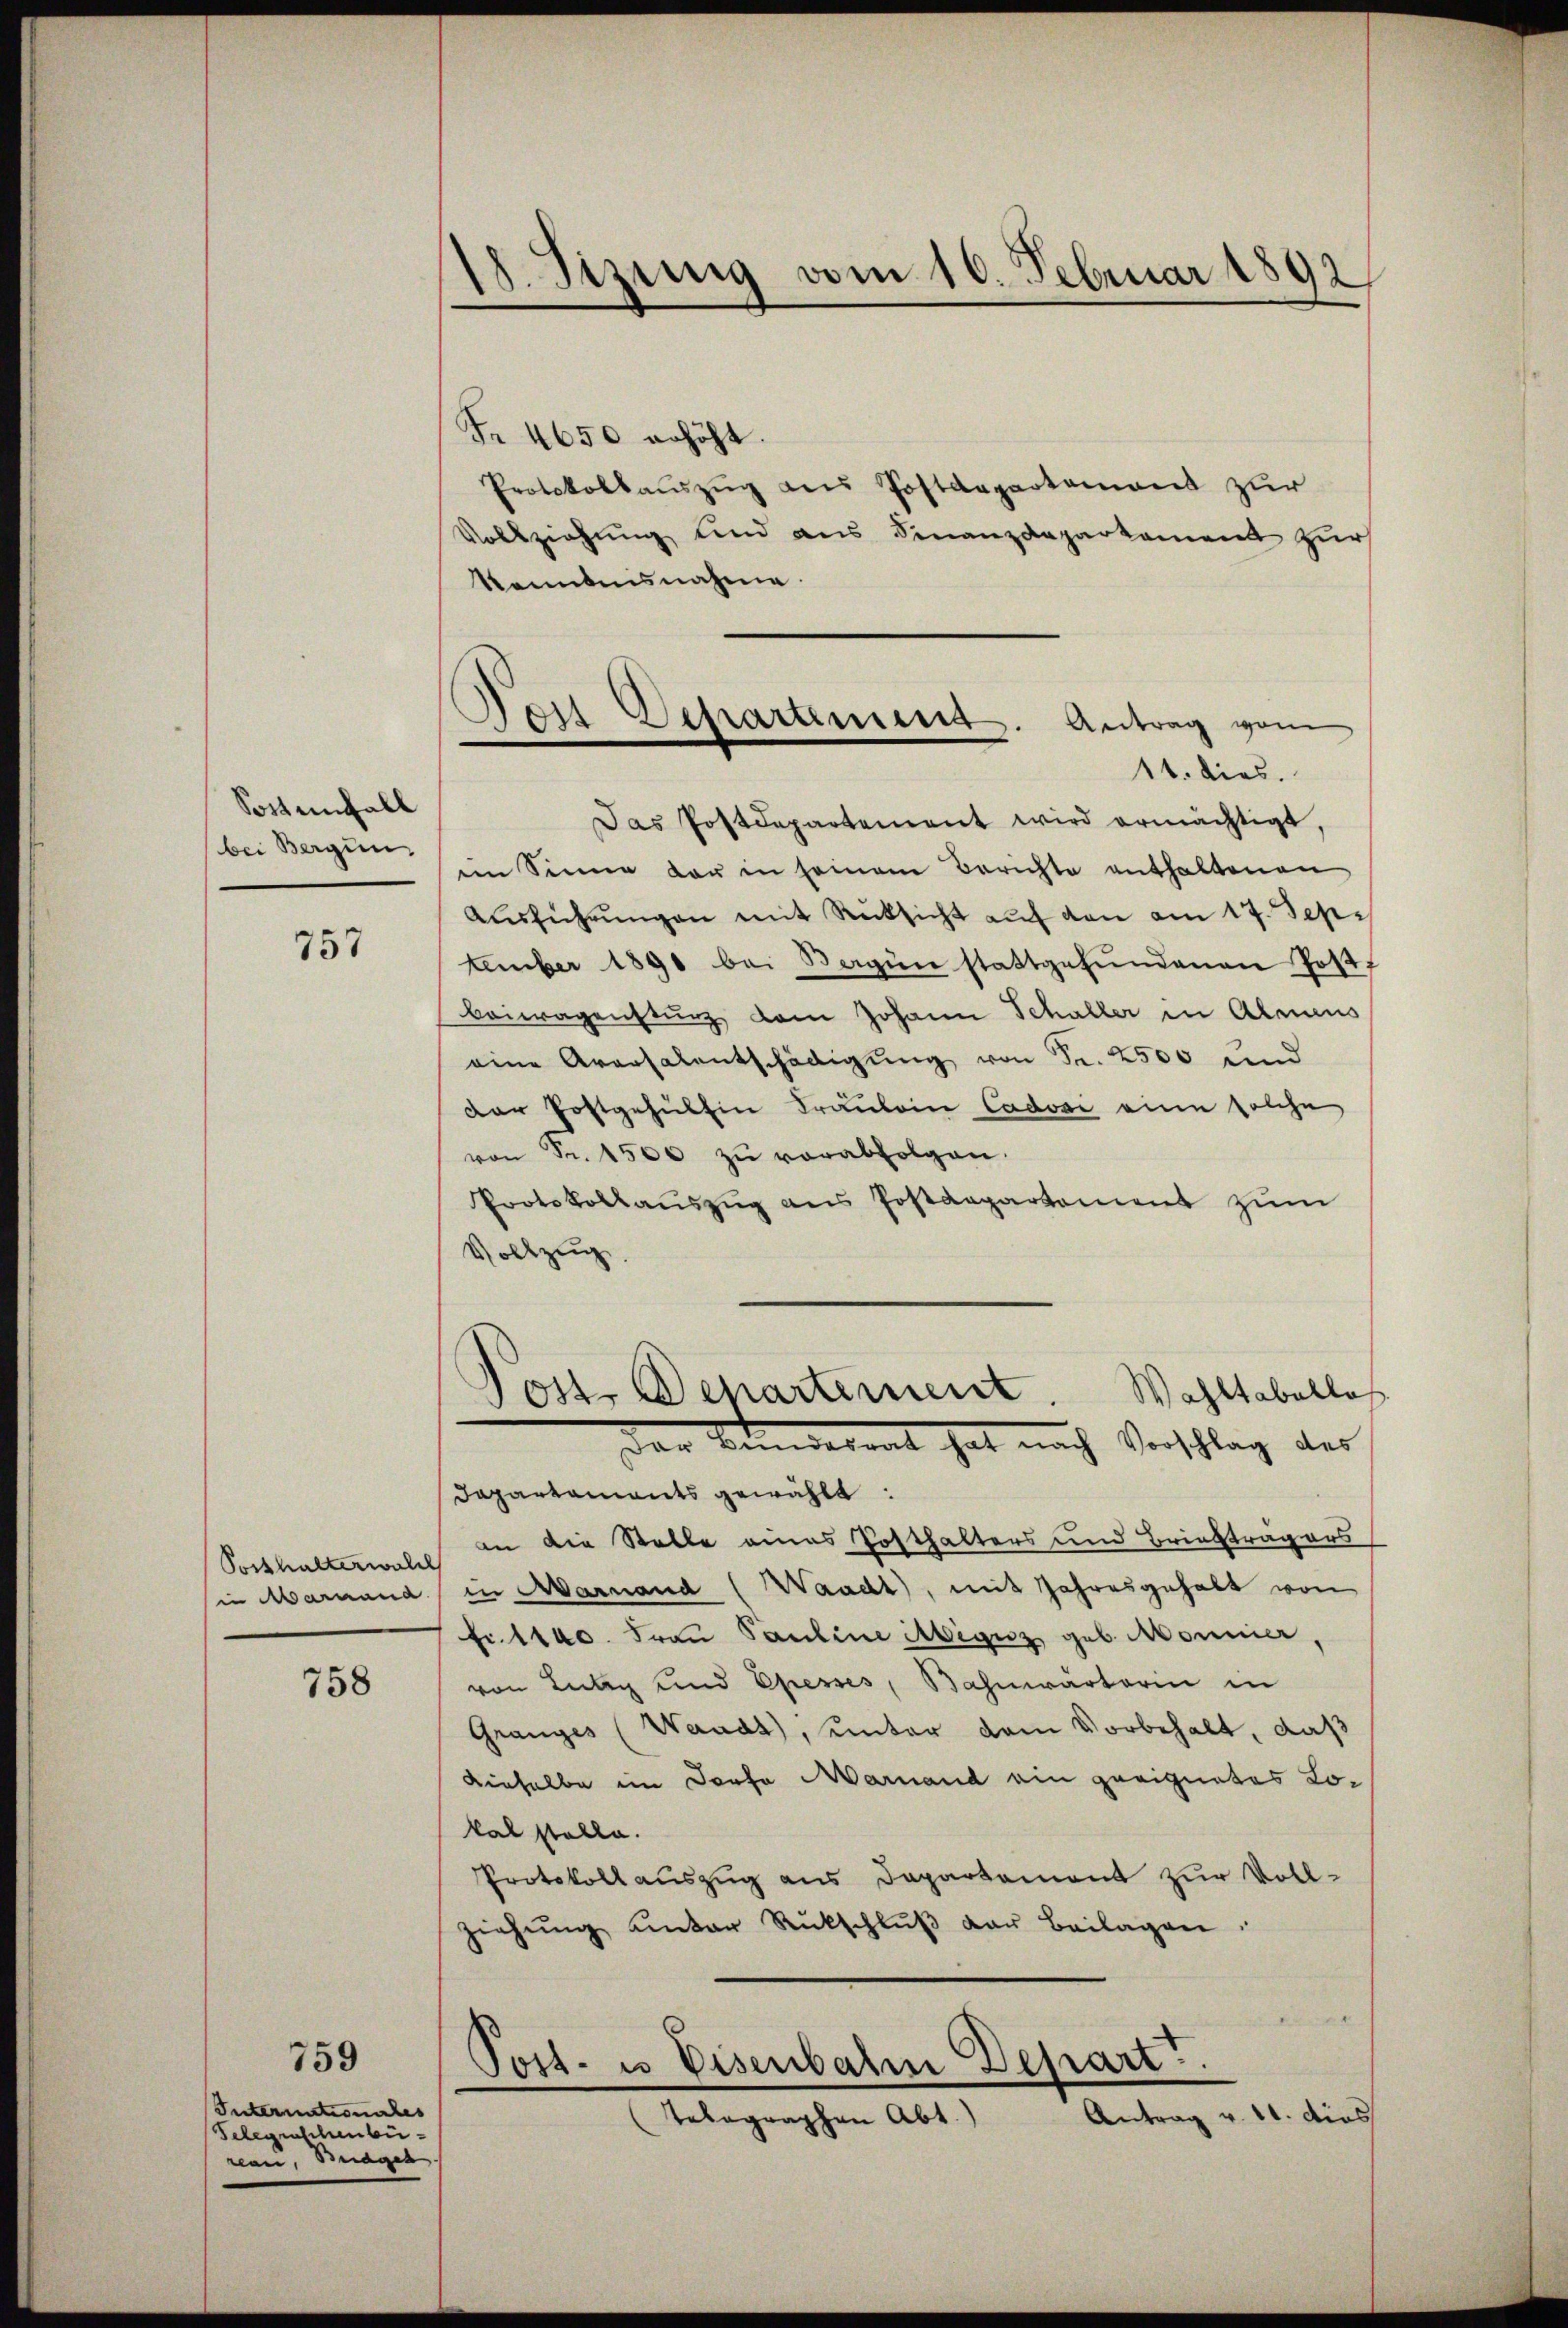
Sostenfall
bei Bergün

757

Posthalterwald

758

759

Internationales
Telegraschenbü
nen, Budget

18. Sitzung vom 10. Februar 1892,

)
Post Departement. Antrag vom
14. dies.

Fr. 4650 erhöht.
Protokollaŭszŭg ans Postdepartement zur
Vollziehung und aus Finanzdeparkament zur
kanntensnahme.
Das Postdepartement wird ermächtigt,
im Sinne der in seinem Berichte enthaltenen
Aŭsführŭngen mit Rücksicht auf von am 17. Sep
tember 1890 bei Sagen stattgefŭndenen Post
beiwagensturz dem Johann Schaller in Almens
eine Aversalentschädigŭng von Fr. 2500 und
Der Postgehülfen Fräulein Cadosi eine solche
von Fr. 1500 zŭ verabfolgen.
Protokollaŭszŭg ans Postdepartement zŭm
Vollzug.
Post. Departement. Wahltabellos
den Sonnerrat hat nach Vorschlag des
Dapartaments gewählt:
 in die Stelle eines Posthalters und Briefträgers
in Mariand in Aarnaud (Waadt, mit Jahresgehalt von
fi. 1100. Frau Pauline Aignz geb. Monnier,
von Lutz und Ehesses, Bahnwärterin in
Gränz(...)(Waadt, unter dem Vorbehalt, daß
dieselbe im Dorfe Marnand ein geeignetes Lokal stelle.
Protokollauszug aus Departement zur Voll¬
Ziehŭng unter Rückschlŭβ der Beilagen:
Post- u Eisenbahn Depart.
Antrag v. 11. dies
Telegraphen Abt.)